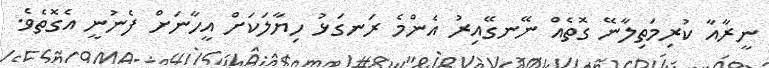
ނީރާއާ ކުރިމަތިލާނޭ ގޮތެއް ނޭނގޭއިރު އެންމެ ރަނގަޅު ހިޔާލަކަށް އީހާނަށް ފެނުނީ އެގޮތެވެ.